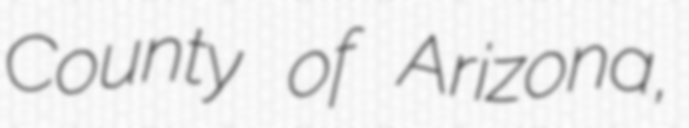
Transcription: County of Arizona,